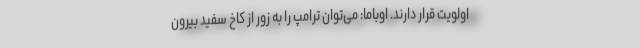
اولویت قرار دارند. اوباما: می‌توان ترامپ را به زور از کاخ سفید بیرون